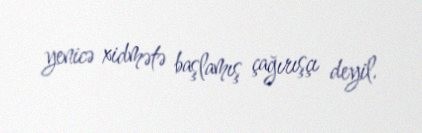
yenicə xidmətə başlamış çağırışçı deyil.